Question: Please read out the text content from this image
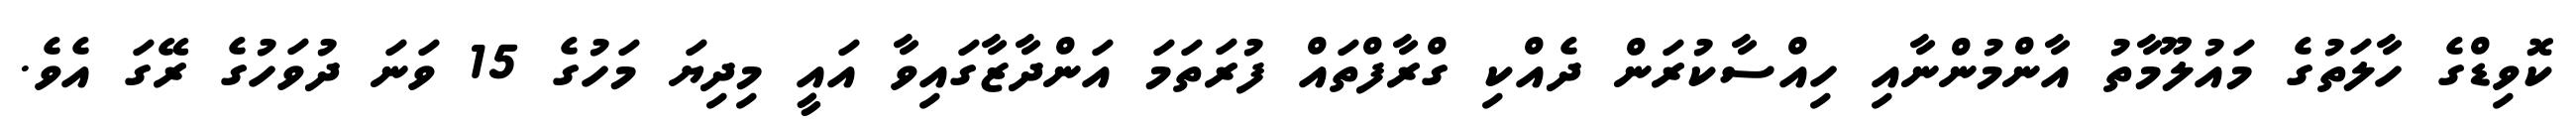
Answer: ކޮވިޑްގެ ހާލަތުގެ މައުލޫމާތު އާންމުންނާއި ހިއްސާކުރަން ދެއްކި ގްރާފްތައް ފުރަތަމަ އަންދާޒާގައިވާ އައީ މިދިޔަ މަހުގެ 15 ވަނަ ދުވަހުގެ ރޭގަ އެވެ.